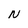
Character: N